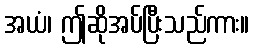
အယံ၊ ဤဆိုအပ်ပြီးသည်ကား။